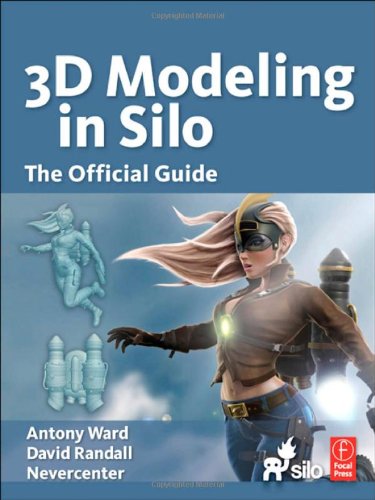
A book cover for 3D Modeling in Silo: The Official Guide; Antony Ward; Computers & Technology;